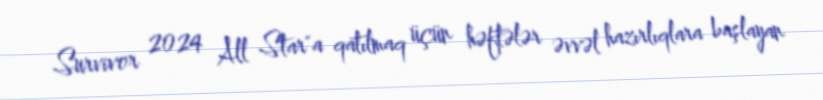
Survivor 2024 All Star"a qatılmaq üçün həftələr əvvəl hazırlıqlara başlayan